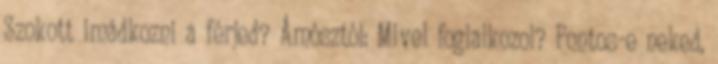
Szokott imádkozni a férjed? Ámósztól: Mivel foglalkozol? Fontos-e neked,